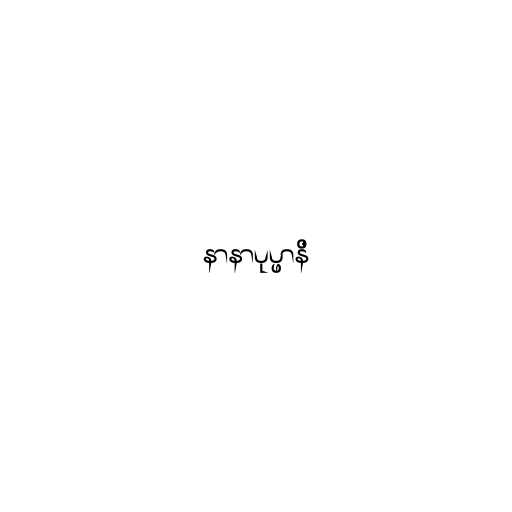
နာနာပုပ္ဖာနိ